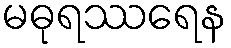
မဓုရဿရေန